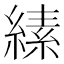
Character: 縤